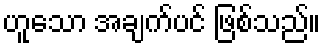
ဟူသော အချက်ပင် ဖြစ်သည်။